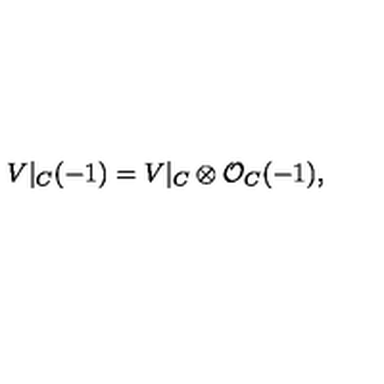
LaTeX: V | _ { C } ( - 1 ) = V | _ { C } \otimes { \cal O } _ { C } ( - 1 ) ,